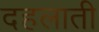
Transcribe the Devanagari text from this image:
दहलाती